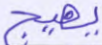
يهيج